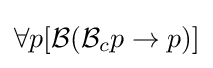
\forall p[{\mathcal {B}}({\mathcal {B}}_{c}p\to p)]